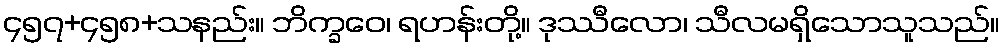
၄၅၇+၄၅၈+သနည်း။ ဘိက္ခဝေ၊ ရဟန်းတို့။ ဒုဿီလော၊ သီလမရှိသောသူသည်။